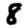
Digit: 8